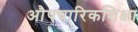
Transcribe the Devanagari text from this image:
औपचारिकशिक्षा